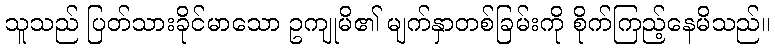
သူသည် ပြတ်သားခိုင်မာသော ဥကျုမိ၏ မျက်နှာတစ်ခြမ်းကို စိုက်ကြည့်နေမိသည်။